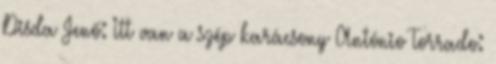
Disda Jenő: Itt van a szép karácsony António Torrado: